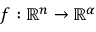
f : \mathbb { R } ^ { n } \rightarrow \mathbb { R } ^ { \alpha }